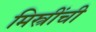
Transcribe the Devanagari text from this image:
मिस्त्रींची